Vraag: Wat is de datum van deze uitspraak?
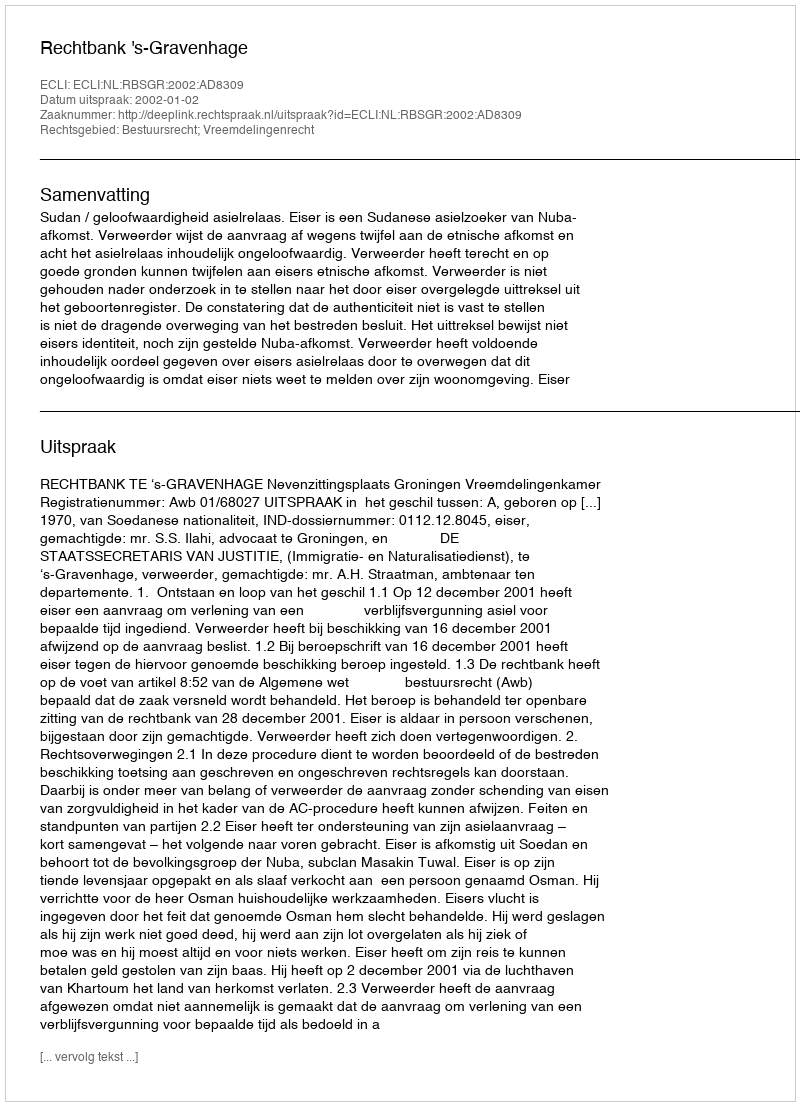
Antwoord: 2002-01-02